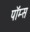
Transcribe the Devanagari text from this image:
पॉम्स